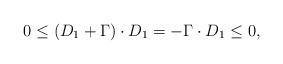
LaTeX: \begin{align*} 0\leq (D_1+\Gamma)\cdot D_1= -\Gamma\cdot D_1\leq 0,\end{align*}